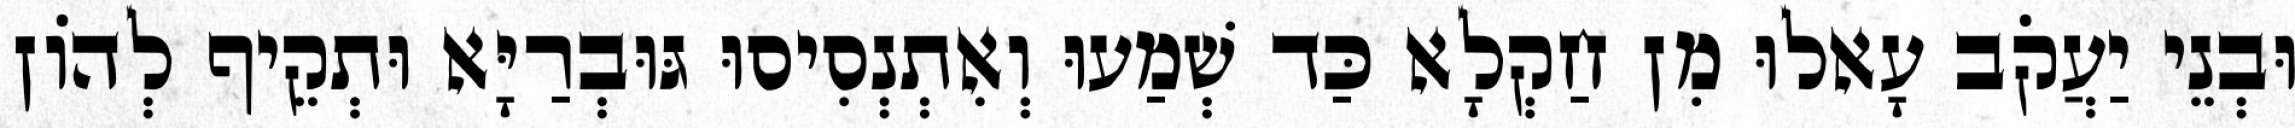
וּבְנֵי יַעֲקֹב עָאלוּ מִן חַקְלָא כַּד שְׁמַעוּ וְאִתְנְסִיסוּ גּוּבְרַיָּא וּתְקֵיף לְהוֹן